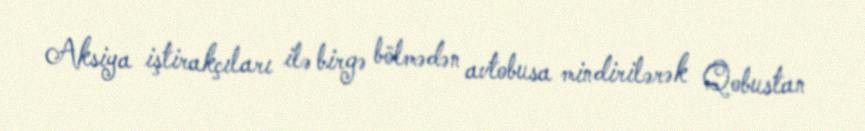
Aksiya iştirakçıları ilə birgə bölmədən avtobusa mindirilərək Qobustan